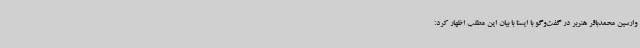
وارسین محمدباقر هنربر در گفت‌وگو با ایسنا با بیان این مطلب اظهار کرد: